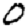
Digit: 0